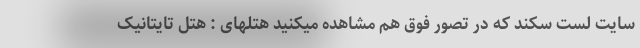
سایت لست سکند که در تصور فوق هم مشاهده میکنید هتلهای : هتل تایتانیک